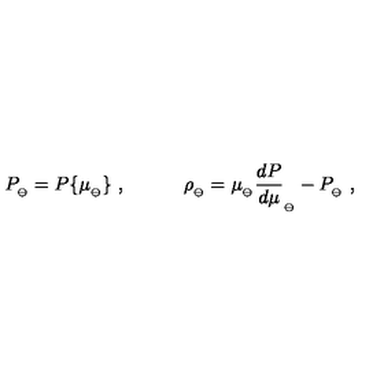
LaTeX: P _ { _ \ominus } = P \{ \mu _ { _ \ominus } \} \ , \qquad \quad \rho _ { _ \ominus } = \mu _ { _ \ominus } { \frac { d P } { d \mu } } _ { _ \ominus } - P _ { _ \ominus } \ ,